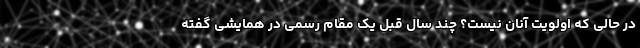
در حالی که اولویت آنان نیست؟ چند سال قبل یک مقام رسمی در همایشی گفته